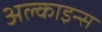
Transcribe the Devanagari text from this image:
अल्काइन्स